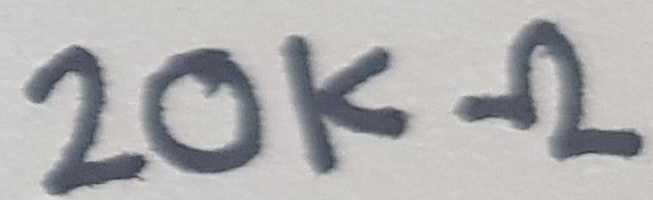
Text: 20KΩ